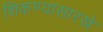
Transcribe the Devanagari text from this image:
शिकण्यासारखे